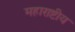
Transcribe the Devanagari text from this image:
महाराष्टीय